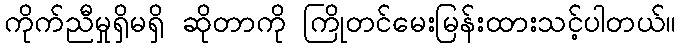
ကိုက်ညီမှုရှိမရှိ ဆိုတာကို ကြိုတင်မေးမြန်းထားသင့်ပါတယ်။